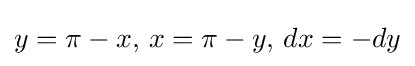
y=\pi -x,\,x=\pi -y,\,dx=-dy